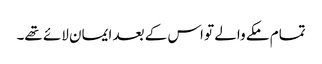
تمام مکے والے تو اس کے بعد ایمان لائے تھے۔